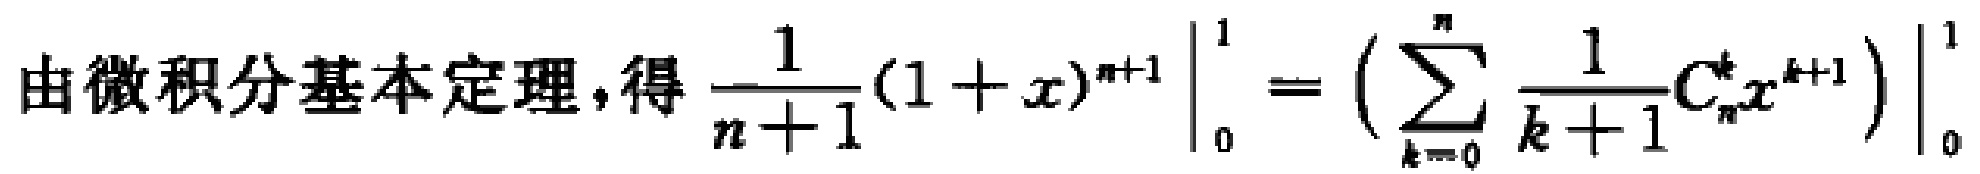
由微积分基本定理,得$\left.\frac{1}{n + 1}(1 + x)^{n + 1}\right|_{0}^{1}=\left.\left(\sum_{k = 0}^{n}\frac{1}{k + 1}C_{n}^{k}x^{k + 1}\right)\right|_{0}^{1}$